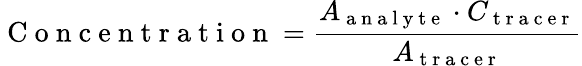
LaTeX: \mathrm{~C~o~n~c~e~n~t~r~a~t~i~o~n~}=\frac{A_{\mathrm{~a~n~a~l~y~t~e~}}\cdot C_{\mathrm{~t~r~a~c~e~r~}}}{A_{\mathrm{~t~r~a~c~e~r~}}}